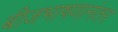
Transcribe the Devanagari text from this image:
बीजभाषणानंतर